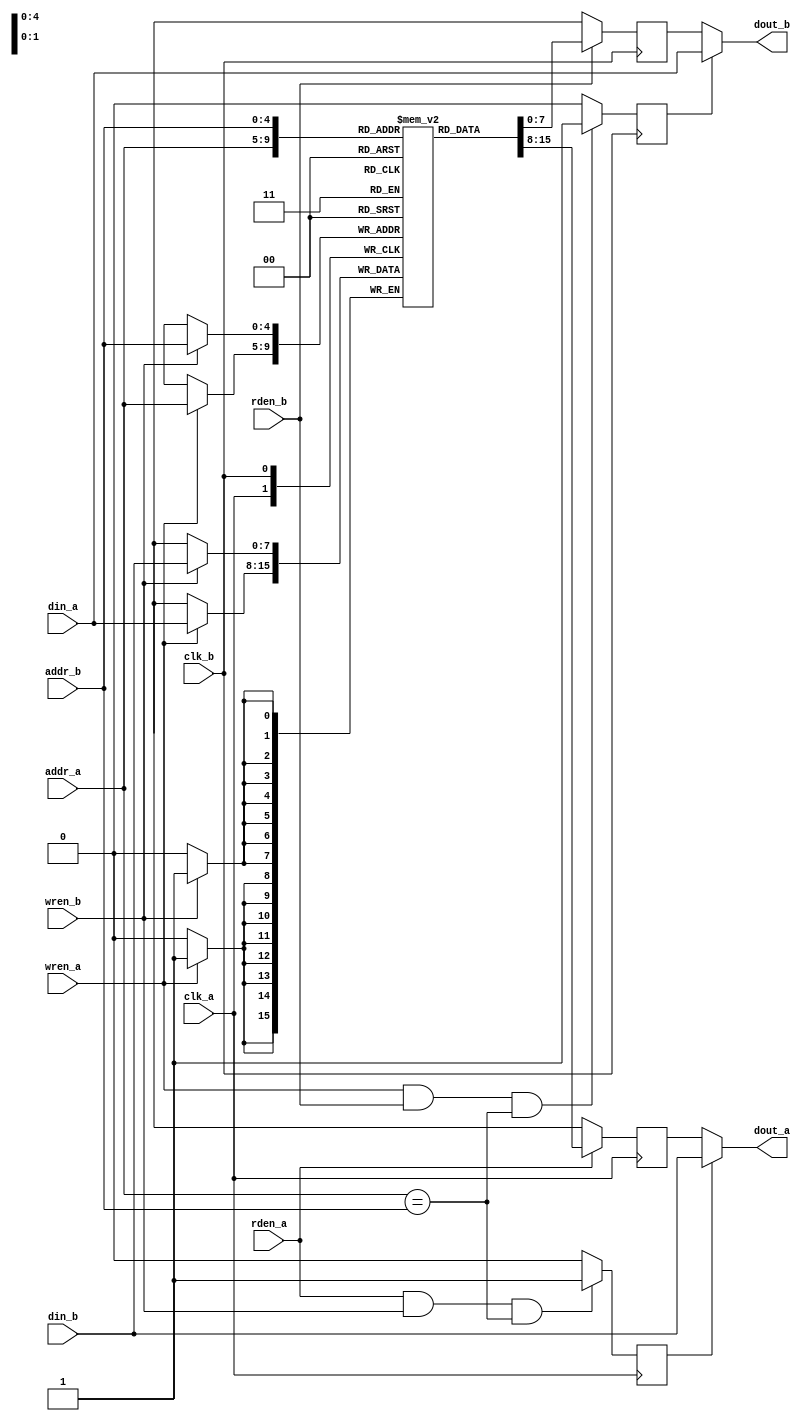
`timescale 1ns / 1ps

module dp_ram #(
    parameter DATA_WIDTH = 8,
    parameter ADDR_WIDTH = 5
)(
    input clk_a,
    input clk_b,

    input wren_a,
    input rden_a,
    input [ADDR_WIDTH-1:0] addr_a,
    input [DATA_WIDTH-1:0] din_a,

    input wren_b,
    input rden_b,
    input [ADDR_WIDTH-1:0] addr_b,
    input [DATA_WIDTH-1:0] din_b,

    output [DATA_WIDTH-1:0] dout_a,
    output [DATA_WIDTH-1:0] dout_b
    );

reg [DATA_WIDTH-1:0] ram [0:(2**ADDR_WIDTH)-1];
reg [DATA_WIDTH-1:0] q_a, q_b;

always @ (posedge clk_a) begin
    if (wren_a)
        ram[addr_a] <= din_a;
end

always @ (posedge clk_a) begin
    if (rden_a)
        q_a <= ram[addr_a];
    else
        q_a <= {DATA_WIDTH{1'bX}};
end

always @ (posedge clk_b) begin
    if (wren_b)
        ram[addr_b] <= din_b;
end

always @ (posedge clk_b) begin
    if (rden_b)
        q_b <= ram[addr_b];
    else
        q_b <= {DATA_WIDTH{1'bX}};
end

reg conflict_wr_a_rd_b;
always @ (posedge clk_b) begin
    // Should synchronize `wren_a` w.r.t. `clk_b`?
    if (wren_a && rden_b && addr_a == addr_b)
        conflict_wr_a_rd_b <= 1;
    else
        conflict_wr_a_rd_b <= 0;
end

assign dout_b = conflict_wr_a_rd_b ? din_a : q_b;

reg conflict_rd_a_wr_b;
always @ (posedge clk_a) begin
    // Should synchronize `wren_b` w.r.t. `clk_a`?
    if (rden_a && wren_b && addr_a == addr_b)
        conflict_rd_a_wr_b <= 1;
    else
        conflict_rd_a_wr_b <= 0;
end

assign dout_a = conflict_rd_a_wr_b ? din_b : q_a;

endmodule